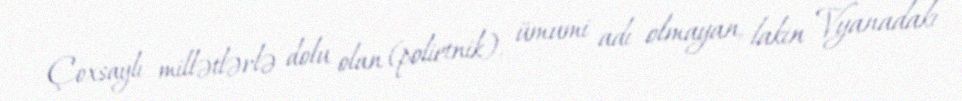
Çoxsaylı millətlərlə dolu olan (polietnik), ümumi adı olmayan, lakin Vyanadakı